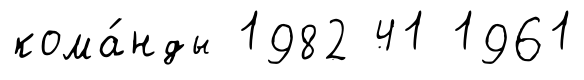
кома́нды 1982 41 1961